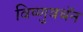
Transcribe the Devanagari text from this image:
विष्णुवधॅन